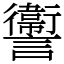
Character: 讏